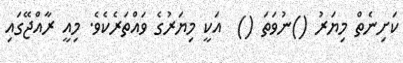
ކަށިނެތް މިޔަރު ()ނުވަތަ ()  އަކީ މިޔަރުގެ ވައްތަރެކެވެ. މިއީ ރާއްޖޭގައި